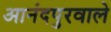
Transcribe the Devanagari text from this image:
आनंदपुरवाले